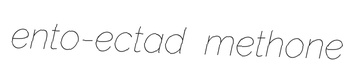
ento-ectad methone